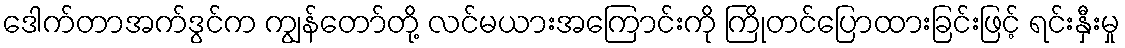
ဒေါက်တာအက်ဒွင်က ကျွန်တော်တို့ လင်မယားအကြောင်းကို ကြိုတင်ပြောထားခြင်းဖြင့် ရင်းနှီးမှု